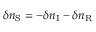
\delta n _ { \mathrm { S } } = - \delta n _ { \mathrm { I } } - \delta n _ { \mathrm { R } }